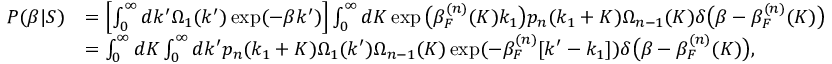
\begin{array} { r l } { P ( \beta | S ) } & { = \left[ \int _ { 0 } ^ { \infty } d k ^ { \prime } \Omega _ { 1 } ( k ^ { \prime } ) \exp ( - \beta k ^ { \prime } ) \right] \int _ { 0 } ^ { \infty } d K \exp \big ( \beta _ { F } ^ { ( n ) } ( K ) k _ { 1 } \big ) p _ { n } ( k _ { 1 } + K ) \Omega _ { n - 1 } ( K ) \delta \big ( \beta - \beta _ { F } ^ { ( n ) } ( K ) \big ) } \\ & { = \int _ { 0 } ^ { \infty } d K \int _ { 0 } ^ { \infty } d k ^ { \prime } p _ { n } ( k _ { 1 } + K ) \Omega _ { 1 } ( k ^ { \prime } ) \Omega _ { n - 1 } ( K ) \exp ( - \beta _ { F } ^ { ( n ) } [ k ^ { \prime } - k _ { 1 } ] ) \delta \big ( \beta - \beta _ { F } ^ { ( n ) } ( K ) \big ) , } \end{array}